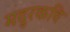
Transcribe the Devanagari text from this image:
मदुरकवि